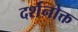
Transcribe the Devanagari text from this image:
दर्शनोक्त